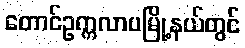
တောင်ဥက္ကလာပမြို့နယ်တွင်